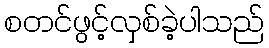
စတင်ဖွင့်လှစ်ခဲ့ပါသည်